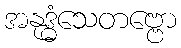
အနုဒ္ဓံသေတဗ္ဗော